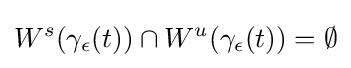
W^{s}(\gamma _{\epsilon }(t))\cap W^{u}(\gamma _{\epsilon }(t))=\emptyset